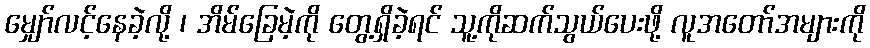
မျှော်လင့်နေခဲ့လို့ ၊ အိမ်ခြေမဲ့ကို တွေ့ရှိခဲ့ရင် သူ့ကိုဆက်သွယ်ပေးဖို့ လူအတော်အများကို